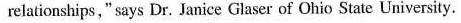
relationships," says Dr. Janice Glaser of Ohio State University.